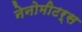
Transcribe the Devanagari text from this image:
नेनोमीटर्स